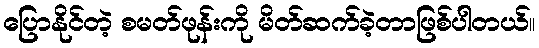
ပြောနိုင်တဲ့ စမတ်ဖုန်းကို မိတ်ဆက်ခဲ့တာဖြစ်ပါတယ်။